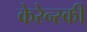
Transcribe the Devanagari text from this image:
केरेन्स्की